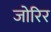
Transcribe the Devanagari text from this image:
जोरिर